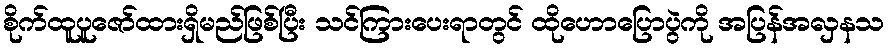
စိုက်ထူပူဇော်ထားရှိမည်ဖြစ်ပြီး သင်ကြားပေးရာတွင် ထိုဟောပြောပွဲကို အပြန်အလှနသ